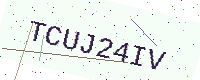
Text: TCUJ24IV